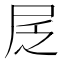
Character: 㞏